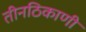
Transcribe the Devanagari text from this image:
तीनठिकाणी